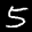
Label: 5